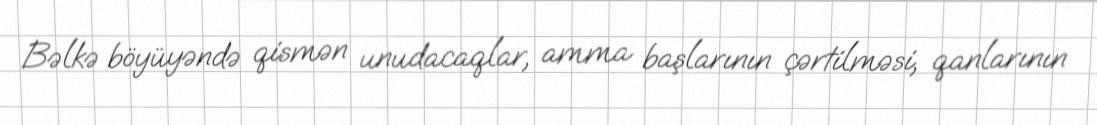
Bəlkə böyüyəndə qismən unudacaqlar, amma başlarının çərtilməsi, qanlarının